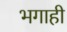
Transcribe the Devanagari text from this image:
भगाही